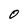
Character: 0